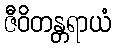
ဇီဝိတန္တရာယံ